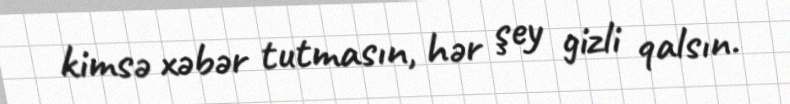
kimsə xəbər tutmasın, hər şey gizli qalsın.